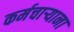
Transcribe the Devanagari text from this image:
कर्मचार्‍याना